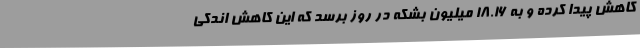
کاهش پیدا کرده و به 18.16 میلیون بشکه در روز برسد که این کاهش اندکی